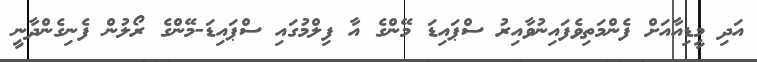
އަދި މީޑިއާއަށް ފެންމަތިވެފައިނުވާއިރު ސްޕައިޑަ މޭންގެ އާ ފިލްމުގައި ސްޕައިޑަ-މޭންގެ ރޯލުން ފެނިގެންދާނީ